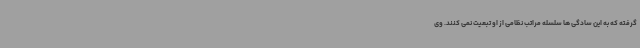
گرفته که به این سادگی ها سلسله مراتب نظامی از او تبعیت نمی کنند. وی